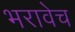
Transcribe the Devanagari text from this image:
भरावेच